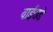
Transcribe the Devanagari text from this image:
वाईराडे